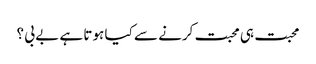
محبت ہی محبت کرنے سے کیا ہوتا ہے بے بی ؟